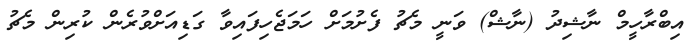
އިބްރާހީމް ނާޝިދު (ނާޝް) ވަނީ މެޗު ފެށުމަށް ހަމަޖެހިފައިވާ ގަޑިއަށްވުރެން ކުރިން މެޗު